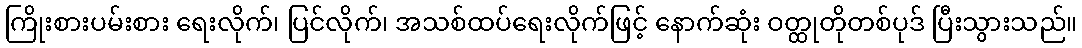
ကြိုးစားပမ်းစား ရေးလိုက်၊ ပြင်လိုက်၊ အသစ်ထပ်ရေးလိုက်ဖြင့် နောက်ဆုံး ဝတ္ထုတိုတစ်ပုဒ် ပြီးသွားသည်။